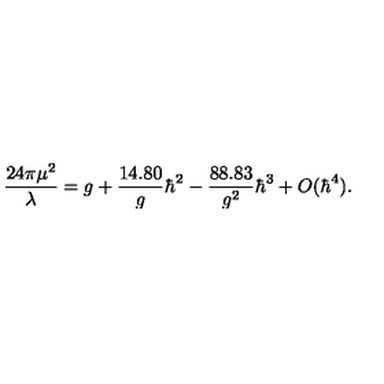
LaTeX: { \frac { 2 4 \pi \mu ^ { 2 } } { \lambda } } = g + { \frac { 1 4 . 8 0 } { g } } \hbar ^ { 2 } - { \frac { 8 8 . 8 3 } { g ^ { 2 } } } \hbar ^ { 3 } + O ( \hbar ^ { 4 } ) .